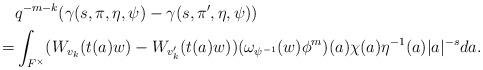
LaTeX: \begin{align*}&q^{-m-k}(\gamma(s,\pi,\eta,\psi)-\gamma(s,\pi',\eta,\psi))\\=&\int_{F^\times} ( W_{v_k}(t(a)w)-W_{v_k'}(t(a)w))(\omega_{\psi^{-1}}(w)\phi^m)(a)\chi(a)\eta^{-1}(a)|a|^{-s} da.\end{align*}